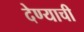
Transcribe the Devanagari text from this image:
देण्‍याची